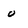
Character: 0